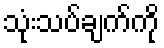
သုံးသပ်ချက်ကို